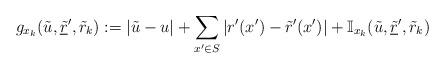
LaTeX: \begin{align*}g_{x_k}(\tilde{u},\underline{\tilde{r}}^\prime,\tilde{r}_k):=|\tilde{u}-u|+\sum_{x^\prime\in S}|r^\prime(x^\prime)-\tilde{r}^\prime(x^\prime)|+\mathbb{I}_{x_k}(\tilde{u},\underline{\tilde{r}}^\prime,\tilde{r}_k)\end{align*}